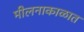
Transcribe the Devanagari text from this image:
मीलनाकाळात